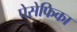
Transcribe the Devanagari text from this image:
पेसेफिका